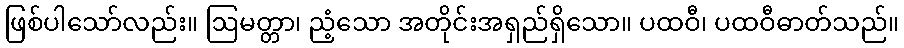
ဖြစ်ပါသော်လည်း။ ဩမတ္တာ၊ ညံ့သော အတိုင်းအရှည်ရှိသော။ ပထဝီ၊ ပထဝီဓာတ်သည်။